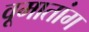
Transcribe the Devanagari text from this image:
वूमातांग